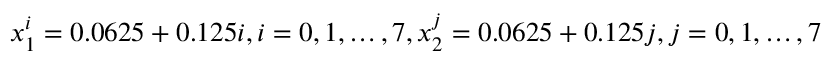
x _ { 1 } ^ { i } = 0 . 0 6 2 5 + 0 . 1 2 5 i , i = 0 , 1 , \ldots , 7 , x _ { 2 } ^ { j } = 0 . 0 6 2 5 + 0 . 1 2 5 j , j = 0 , 1 , \ldots , 7